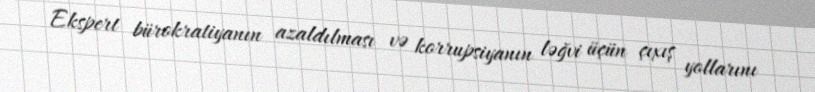
Ekspert bürokratiyanın azaldılması və korrupsiyanın ləğvi üçün çıxış yollarını